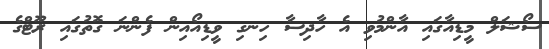
ސޯޝަލް މީޑިއާގައި އާންމުވި އެ ހާދިސާ ހިނގި ވީޑިއޯއިން ފެންނަ ގޮތުގައި ރޫޓްގެ